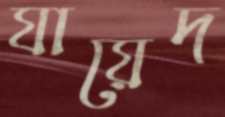
যায়েদ